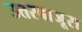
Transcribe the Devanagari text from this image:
उत्तरबाजूस